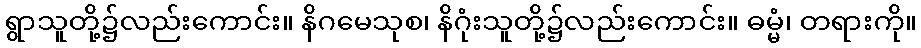
ရွာသူတို့၌လည်းကောင်း။ နိဂမေသုစ၊ နိဂုံးသူတို့၌လည်းကောင်း။ ဓမ္မံ၊ တရားကို။